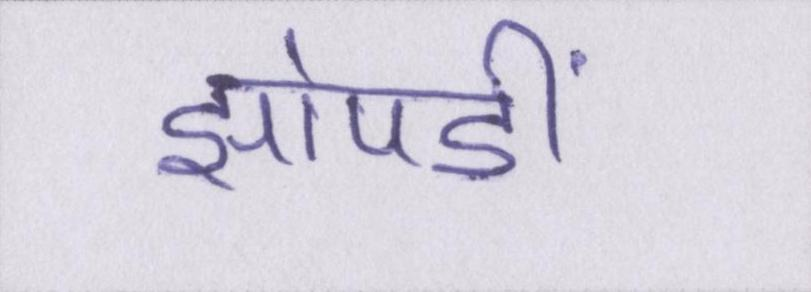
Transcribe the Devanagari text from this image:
झोपङीं